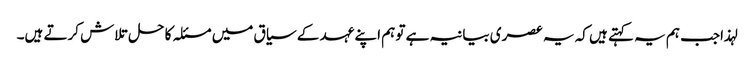
لہذاجب ہم یہ کہتے ہیں کہ یہ عصری بیانیہ ہے تو ہم اپنے عہد کے سیاق میں مسئلہ کا حل تلاش کرتے ہیں۔